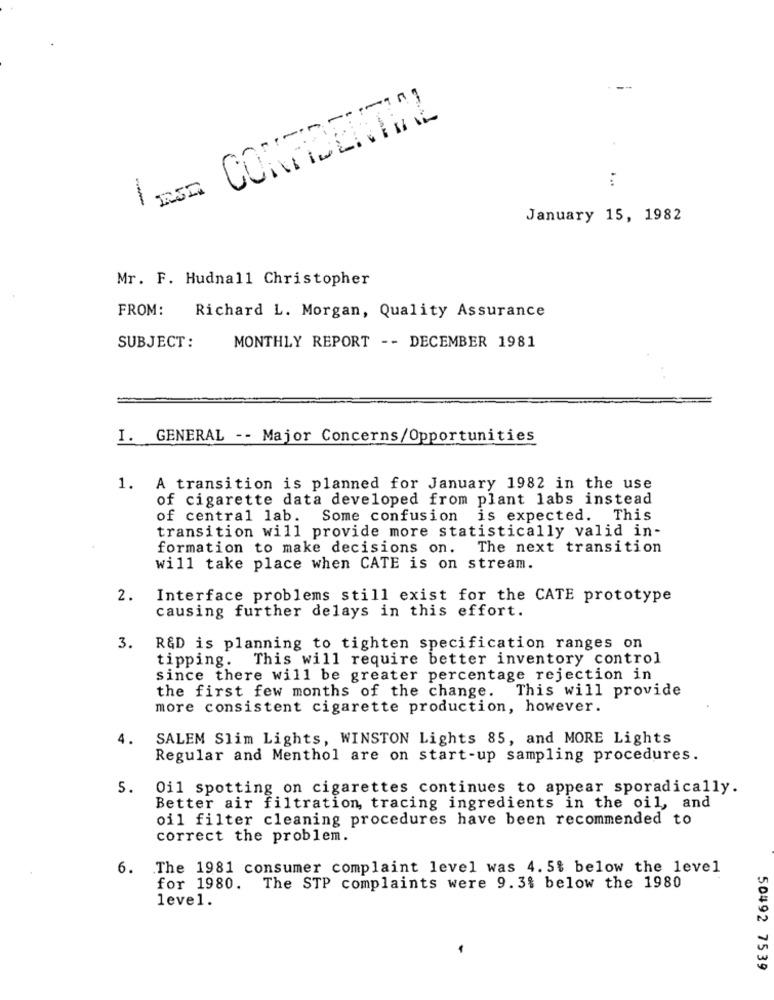
CONFIDENTIAL
-
...
-
January 15, 1982
Mr. F. Hudnall Christopher
FROM:
Richard L. Morgan, Quality Assurance
SUBJECT:
MONTHLY REPORT -- DECEMBER 1981
I. GENERAL -- Major Concerns/Opportunities
1. A transition is planned for January 1982 in the use
of cigarette data developed from plant labs instead
of central lab. Some confusion is expected. This
transition will provide more statistically valid in-
formation to make decisions on. The next transition
will take place when CATE is on stream.
2.
Interface problems still exist for the CATE prototype
causing further delays in this effort.
3.
R&D is planning to tighten specification ranges on
tipping. This will require better inventory control
since there will be greater percentage rejection in
the first few months of the change. This will provide
more consistent cigarette production, however.
4.
SALEM Slim Lights, WINSTON Lights 85, and MORE Lights
Regular and Menthol are on start-up sampling procedures.
5.
Oil spotting on cigarettes continues to appear sporadically.
Better air filtration, tracing ingredients in the oil, and
oil filter cleaning procedures have been recommended to
correct the problem.
6.
.The 1981 consumer complaint level was 4. 5% below the level
for 1980. The STP complaints were 9.3% below the 1980
level.
50492 7539